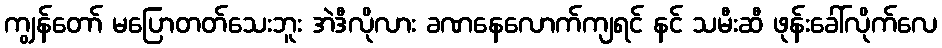
ကျွန်တော် မပြောတတ်သေးဘူး အဲဒီလိုလား ခဏနေလောက်ကျရင် နင် သမီးဆီ ဖုန်းခေါ်လိုက်လေ